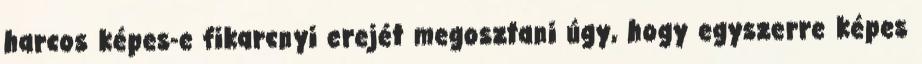
harcos képes-e fikarcnyi erejét megosztani úgy, hogy egyszerre képes